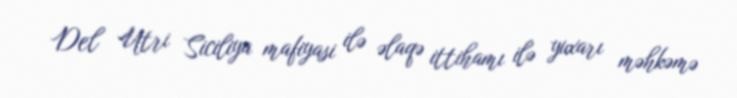
Del Utri Siciliya mafiyasi ilə əlaqə ittihamı ilə yuxarı məhkəmə